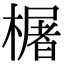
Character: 𬄫